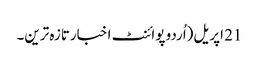
21 اپریل(اُردو پوائنٹ اخبارتازہ ترین۔